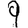
Digit: 9